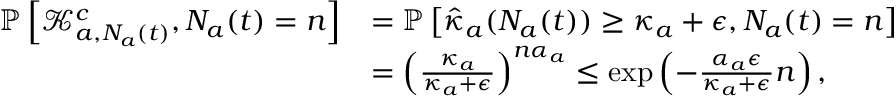
\begin{array} { r l } { \mathbb { P } \left[ \mathcal { K } _ { a , N _ { a } ( t ) } ^ { c } , N _ { a } ( t ) = n \right] } & { = \mathbb { P } \left[ \hat { \kappa } _ { a } ( N _ { a } ( t ) ) \geq \kappa _ { a } + \epsilon , N _ { a } ( t ) = n \right] } \\ & { = \left( \frac { \kappa _ { a } } { \kappa _ { a } + \epsilon } \right) ^ { n \alpha _ { a } } \leq \exp \left( - \frac { \alpha _ { a } \epsilon } { \kappa _ { a } + \epsilon } n \right) , } \end{array}